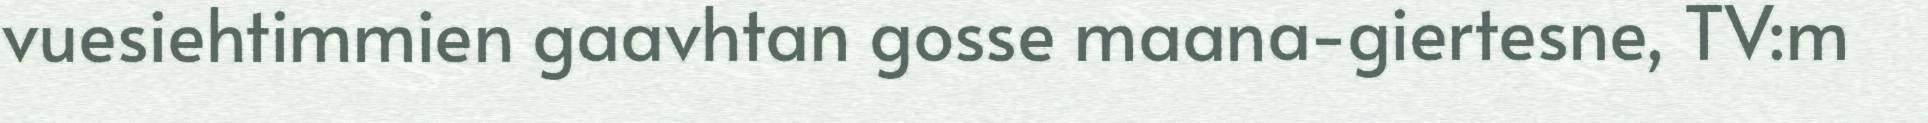
vuesiehtimmien gaavhtan gosse maana-giertesne, TV:m